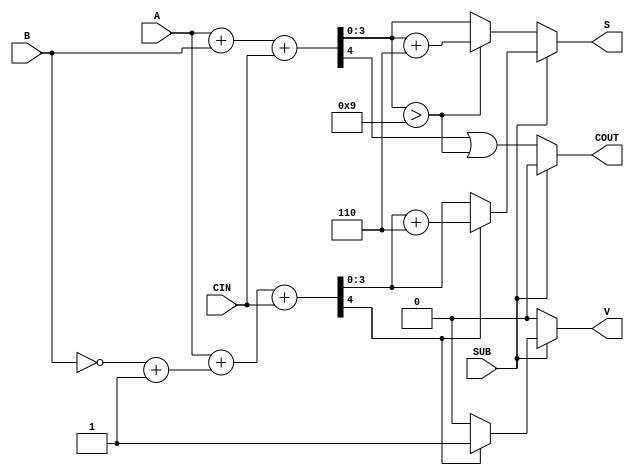
module BCD_Add_Subtracter (
    input  wire [3:0] A,      // First BCD digit
    input  wire [3:0] B,      // Second BCD digit
    input  wire SUB,          // Control signal for addition/subtraction
    input  wire CIN,          // Carry-in for addition
    output reg  [3:0] S,      // Resulting BCD digit
    output reg  COUT,         // Carry-out
    output reg  V             // Overflow flag
);

    wire [4:0] sum;           // 5-bit sum for addition
    wire [4:0] sub_result;    // 5-bit result for subtraction
    wire [3:0] B_complement;  // 9's complement of B
    wire B_gt_9;              // Flag for BCD correction

    // Calculate 9's complement of B
    assign B_complement = ~B + 4'b0001;

    // Perform addition
    assign sum = A + B + CIN;

    // Check if the sum exceeds 9 for BCD correction
    assign B_gt_9 = sum[3:0] > 4'b1001;

    always @(*) begin
        if (SUB == 0) begin // Addition
            S = sum[3:0];
            COUT = sum[4] | B_gt_9; // Set COUT if overflow occurs
            if (B_gt_9) begin
                S = S + 4'b0110; // BCD correction
            end
            V = 1'b0; // No overflow in addition
        end else begin // Subtraction
            sub_result = A + B_complement + CIN; // A + (9's complement of B) + CIN
            if (sub_result[4] == 1'b1) begin
                V = 1'b1; // Set overflow flag if result is negative
                S = sub_result[3:0] + 4'b0110; // BCD correction
            end else begin
                V = 1'b0; // No overflow
                S = sub_result[3:0];
            end
            COUT = 1'b0; // No carry-out in subtraction
        end
    end

endmodule